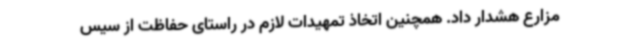
مزارع هشدار داد. همچنین اتخاذ تمهیدات لازم در راستای حفاظت از سیس